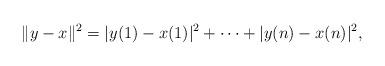
LaTeX: \begin{align*}\| y - x\|^2 = |y(1)-x(1)|^2 + \dots + |y(n)-x(n)|^2, \end{align*}